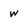
Character: w